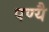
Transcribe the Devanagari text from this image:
पण्यै